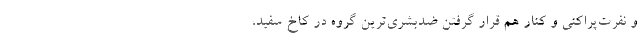
و نفرت‌پراکنی و کنار هم قرار گرفتن ضد‌بشری‌ترین گروه در کاخ سفید،